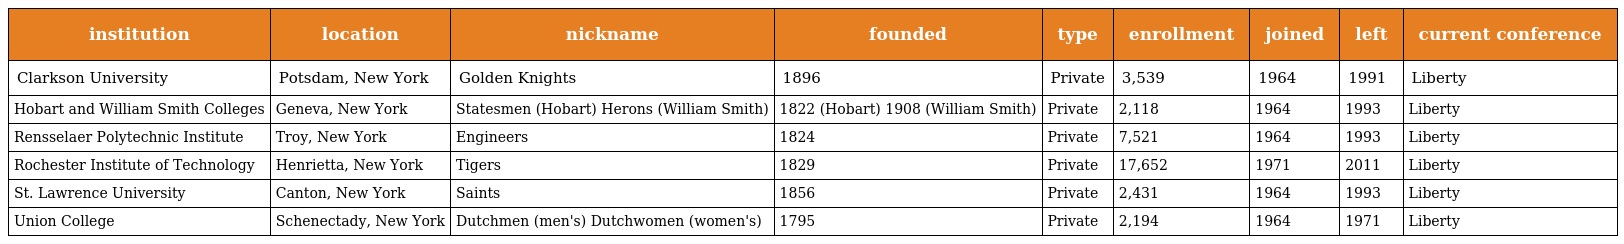
| institution | location | nickname | founded | type | enrollment | joined | left | current conference |
 | --- | --- | --- | --- | --- | --- | --- | --- | --- |
 | Clarkson University | Potsdam, New York | Golden Knights | 1896 | Private | 3,539 | 1964 | 1991 | Liberty |
 | Hobart and William Smith Colleges | Geneva, New York | Statesmen (Hobart) Herons (William Smith) | 1822 (Hobart) 1908 (William Smith) | Private | 2,118 | 1964 | 1993 | Liberty |
 | Rensselaer Polytechnic Institute | Troy, New York | Engineers | 1824 | Private | 7,521 | 1964 | 1993 | Liberty |
 | Rochester Institute of Technology | Henrietta, New York | Tigers | 1829 | Private | 17,652 | 1971 | 2011 | Liberty |
 | St. Lawrence University | Canton, New York | Saints | 1856 | Private | 2,431 | 1964 | 1993 | Liberty |
 | Union College | Schenectady, New York | Dutchmen (men's) Dutchwomen (women's) | 1795 | Private | 2,194 | 1964 | 1971 | Liberty |